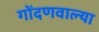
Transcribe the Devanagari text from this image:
गोंदणवाल्या